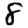
Digit: 8